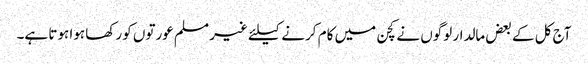
آج کل کے بعض مالدار لوگوں نے کچن میں کام کرنے کیلئے غیر مسلم عورتوں کو رکھا ہوا ہوتا ہے۔